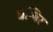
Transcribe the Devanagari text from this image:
घम्बिर